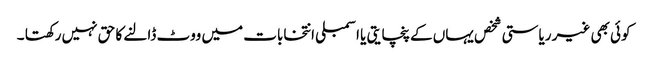
کوئی بھی غیر ریاستی شخص یہاں کے پنچایتی یا اسمبلی انتخابات میں ووٹ ڈالنے کا حق نہیں رکھتا ۔